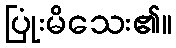
ပြုံးမိသေး၏။